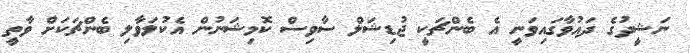
ނަޝީދުގެ ދައުވާގައިވަނީ އެ ބެންޗަކީ ޖުޑިޝަލް ސާވިސް ކޮމިޝަނުން އެކުލަވާލި ބެންޗަކަށް ވާތީ